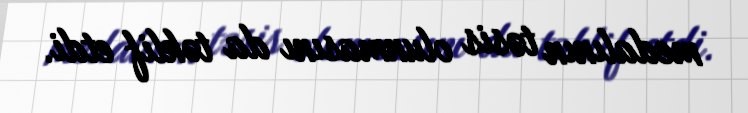
medalının təsis olunmasını da təklif etdi.